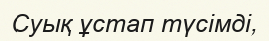
Суық ұстап түсімді,